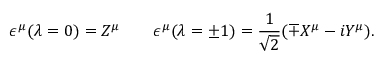
\epsilon ^ { \mu } ( \lambda = 0 ) = Z ^ { \mu } \qquad \epsilon ^ { \mu } ( \lambda = \pm 1 ) = \frac { 1 } { \sqrt { 2 } } ( \mp X ^ { \mu } - i Y ^ { \mu } ) .